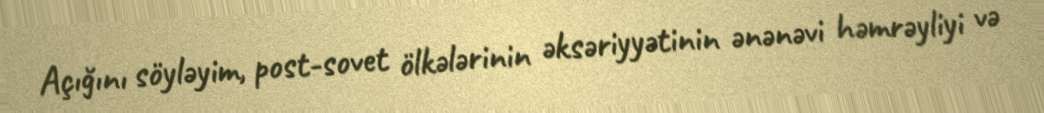
Açığını söyləyim, post-sovet ölkələrinin əksəriyyətinin ənənəvi həmrəyliyi və